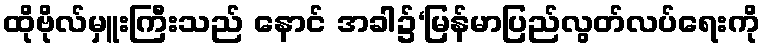
ထိုဗိုလ်မှူးကြီးသည် နောင် အခါ၌‘မြန်မာပြည်လွတ်လပ်ရေးကို